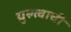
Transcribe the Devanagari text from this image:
ग्रुरुत्वाची